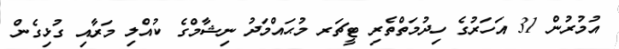
އުމުރުން 31 އަހަރުގެ ހިދުމަތްތެރި ޓީޗަރ މުޙައްމަދު ނިޝާމްގެ ކުއްލި މަރާއި ގުޅިގެން